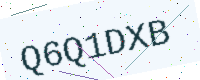
Text: Q6Q1DXB